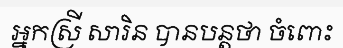
អ្នកស្រី សារិន បានបន្តថា ចំពោះ